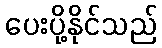
ပေးပို့နိုင်သည်